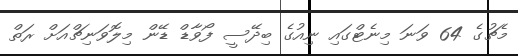
މެޗުގެ 64 ވަނަ މިނެޓްގައި ނިއުގެ ބިދޭސީ ފޯވާޑް ޑޭން މިލޮވަނިޗްއަށް ރަތް